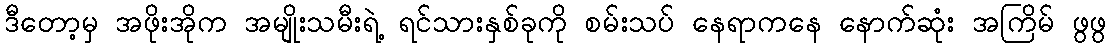
ဒီတော့မှ အဖိုးအိုက အမျိုးသမီးရဲ့ ရင်သားနှစ်ခုကို စမ်းသပ် နေရာကနေ နောက်ဆုံး အကြိမ် ဖွဖွ